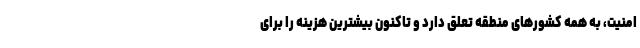
امنیت، به همه کشورهای منطقه تعلق دارد و تاکنون بیشترین هزینه را برای